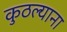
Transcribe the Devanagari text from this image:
कुठल्याना